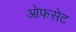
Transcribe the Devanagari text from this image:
ओफसेट